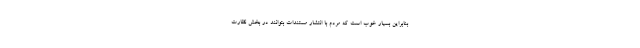
بنابراین بسیار خوب است که مردم با انتشار مستندات بتوانند در بخش نظارت